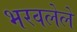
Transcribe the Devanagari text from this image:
भरवलेले